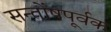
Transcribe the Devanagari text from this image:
सन्तोंषपूर्वक